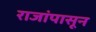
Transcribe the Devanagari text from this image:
राजांपासून